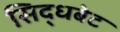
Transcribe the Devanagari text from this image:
सिद्धबेट